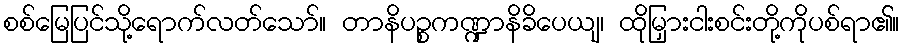
စစ်မြေပြင်သို့ရောက်လတ်သော်။ တာနိပဉ္စကဏ္ဍာနိခိပေယျ၊ ထိုမြှားငါးစင်းတို့ကိုပစ်ရာ၏။